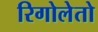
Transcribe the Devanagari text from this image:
रिगोलेतो